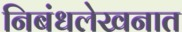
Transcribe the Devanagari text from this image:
निबंधलेखनात